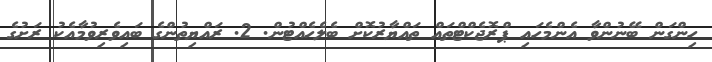
ހިންގަން ބޭނުންވާ އެންމެހައި ޕްރޮޖެކްޓްތައް ތައްޔާރުކޮށް ބެލެހެއްޓުން. 2. ރައްޔިތުންގެ ބައިވެރިވުމާއެކު ރަށުގެ